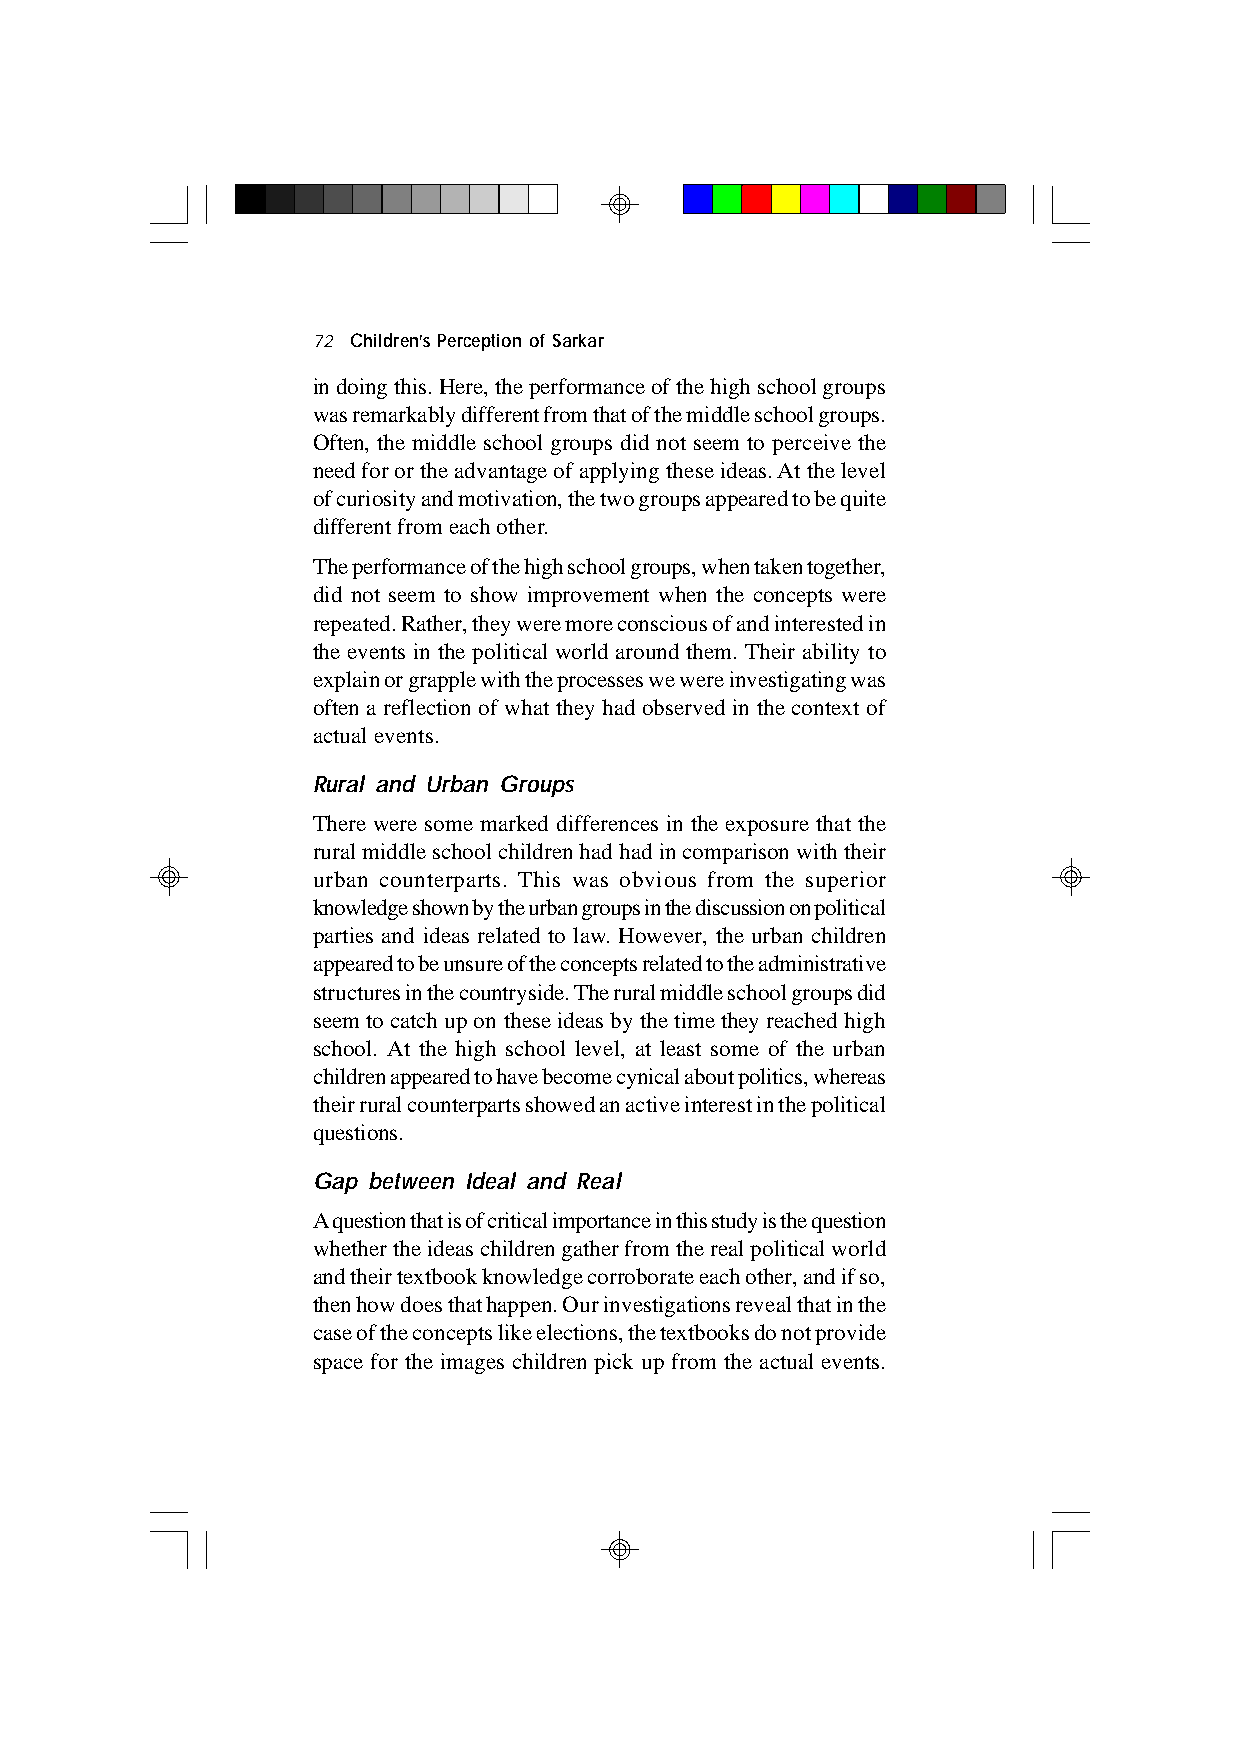
72 Children’s Perception of Sarkar
 in doing this. Here, the performance of the high school groups
 was remarkably different from that of the middle school groups.
 Often, the middle school groups did not seem to perceive the
 need for or the advantage of applying these ideas. At the level
 of curiosity and motivation, the two groups appeared to be quite
 different from each other.
 The performance of the high school groups, when taken together,
 did not seem to show improvement when the concepts were
 repeated. Rather, they were more conscious of and interested in
 the events in the political world around them. Their ability to
 explain or grapple with the processes we were investigating was
 often a reflection of what they had observed in the context of
 actual events.
 Rural and Urban Groups
 There were some marked differences in the exposure that the
 rural middle school children had had in comparison with their
 urban counterparts. This was obvious from the superior
 knowledge shown by the urban groups in the discussion on political
 parties and ideas related to law. However, the urban children
 appeared to be unsure of the concepts related to the administrative
 structures in the countryside. The rural middle school groups did
 seem to catch up on these ideas by the time they reached high
 school. At the high school level, at least some of the urban
 children appeared to have become cynical about politics, whereas
 their rural counterparts showed an active interest in the political
 questions.
 Gap between Ideal and Real
 A question that is of critical importance in this study is the question
 whether the ideas children gather from the real political world
 and their textbook knowledge corroborate each other, and if so,
 then how does that happen. Our investigations reveal that in the
 case of the concepts like elections, the textbooks do not provide
 space for the images children pick up from the actual events.